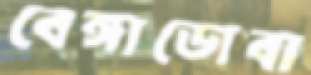
বেঙ্গাডোবা